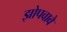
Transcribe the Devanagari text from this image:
झोपवावे